65_HS1-834228961_62-HQ-83894_Serial_438
Agency: FBI
Page 9
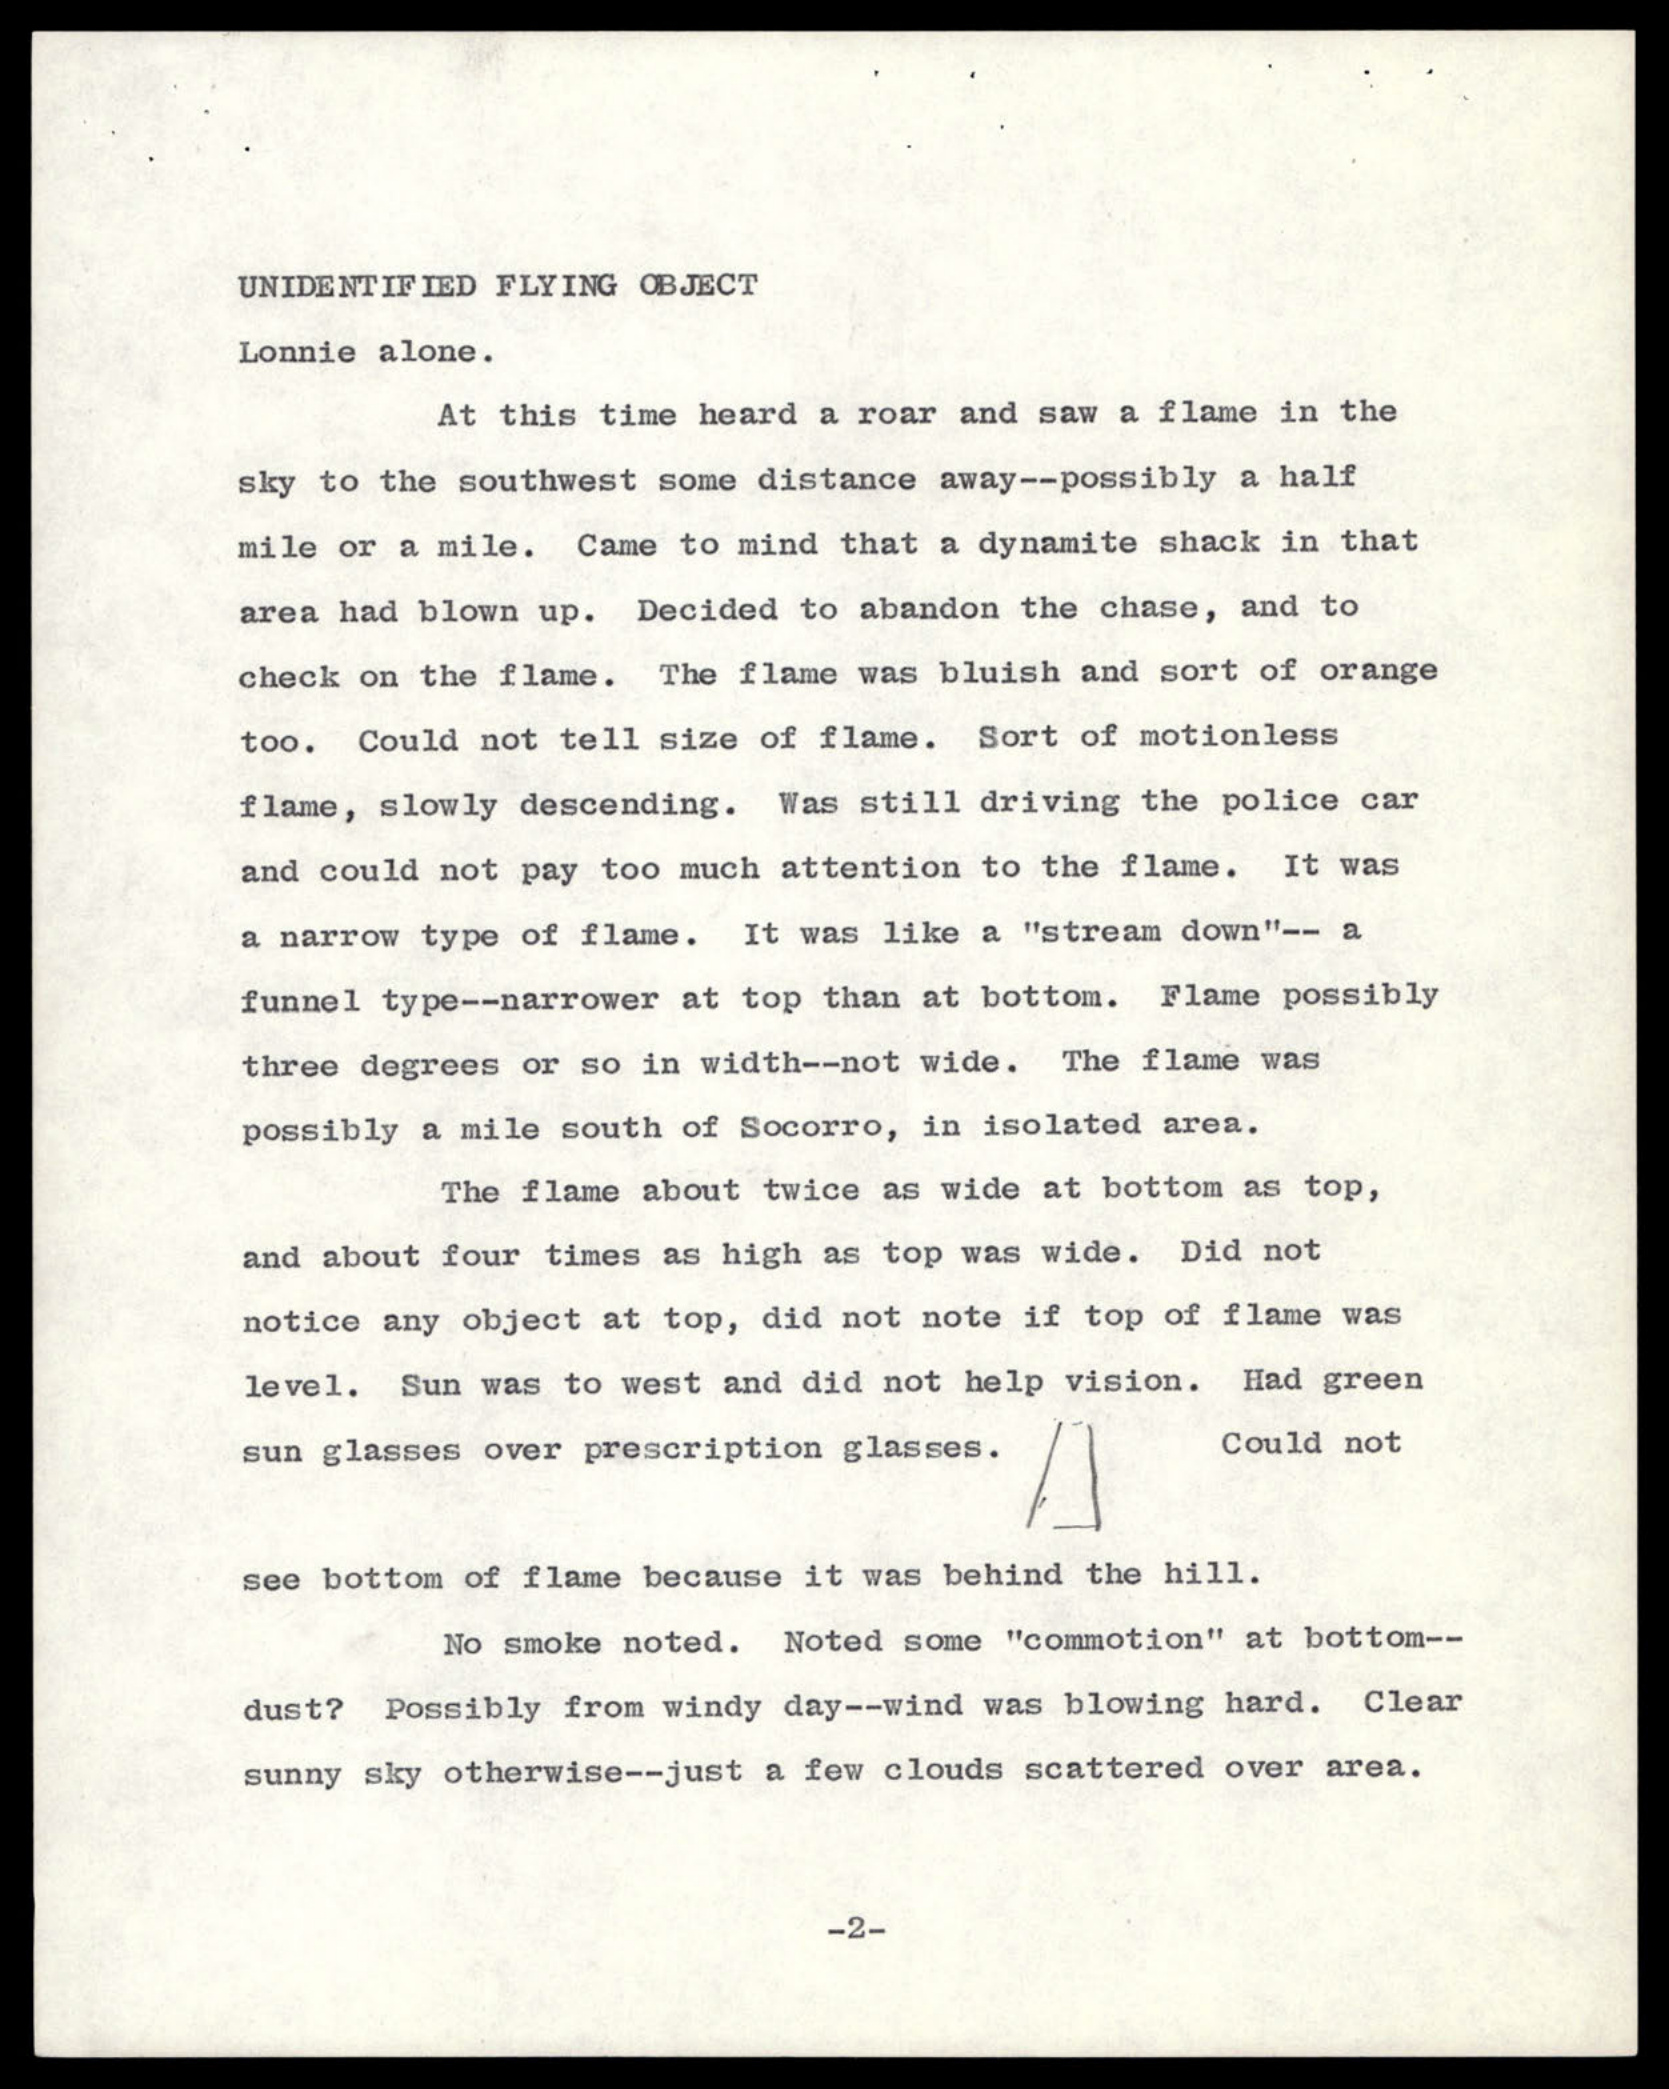